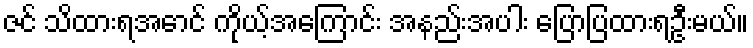
ဇင် သိထားရအောင် ကိုယ့်အကြောင်း အနည်းအပါး ပြောပြထားရဦးမယ်။